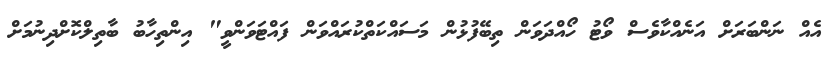
އެއް ނަންބަރަށް އަނެއްކާވެސް ވޯޓު ހޯއްދަވަން ތިބޭފުޅުން މަސައްކަތްކުރައްވަން ފައްޓަވަންވީ" އިންތިހާބު ބާތިލްކޮށްދިނުމަށް